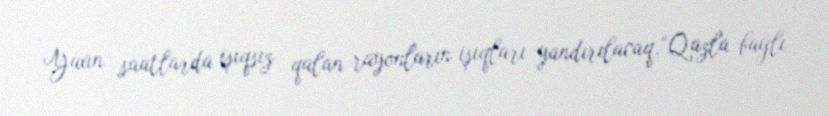
Yaxın saatlarda işıqsız qalan rayonların işıqları yandırılacaq.“Qazla bağlı